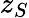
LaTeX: z_{S}